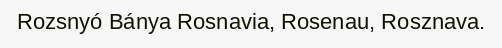
Rozsnyó Bánya Rosnavia, Rosenau, Rosznava.